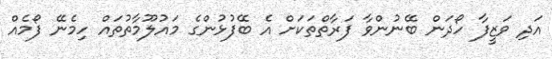
އަދި ވަޒީފާ ހޯދަން ބޭނުންވާ ފަރާތްތަކަށް އެ ބޭފުޅުންގެ މައުލޫމާތުތައް ހިމެނޭ ފޯމެއް